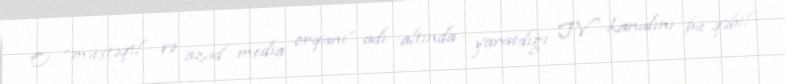
O, “müstəqil və azad media orqanı” adı altında yaratdığı TV kanalını bu qəbil